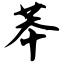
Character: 苯